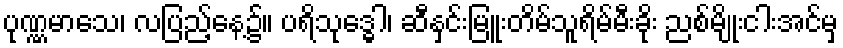
ပုဏ္ဏမာသေ၊ လပြည့်နေ့၌။ ပရိသုဒ္ဓေါ၊ ဆီနှင်းမြူးတိမ်သူရိမ်မီးခိုး ညစ်မျိုးငါးအင်မှ